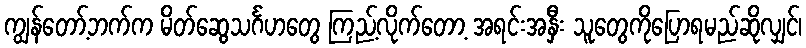
ကျွန်တော့်ဘက်က မိတ်ဆွေသင်္ဂဟတွေ ကြည့်လိုက်တော့ အရင်းအနှီး သူတွေကိုပြောရမည်ဆိုလျှင်၊